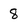
Character: 8